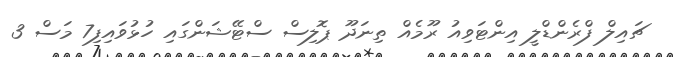
ޗައިލް ފްރެންޑްލީ އިންޓަވިއު ރޫމެއް ތިނަދޫ ޕޮލިސް ސްޓޭޝަންގައި ހުޅުވައިފި7 މަސް 3